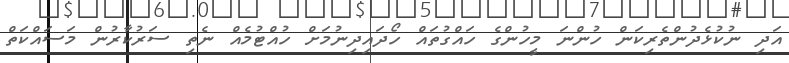
އަދި ނުކުޅެދުންތެރިކަން ހުންނަ މީހުންގެ ހައްގުތައް ހޯދައިދިނުމަށް ހުއްޓުމެއް ނެތި ސަރުކާރުން މަސައްކަތް